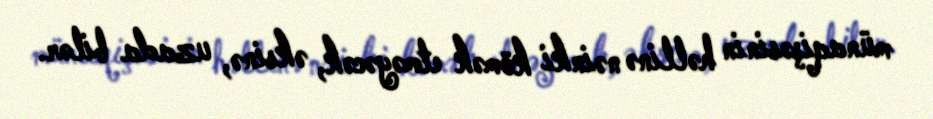
münaqişəsinin həllinə nəinki kömək etməyəcək, əksinə, uzada bilər.